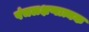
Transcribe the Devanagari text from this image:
पंचलक्षणात्मक